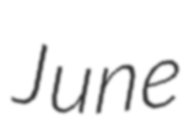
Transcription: June